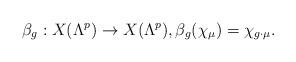
LaTeX: \begin{align*}\beta_g: X(\Lambda^p) \to X(\Lambda^p), \beta_g(\chi_\mu)=\chi_{g\cdot\mu}. \end{align*}